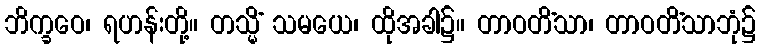
ဘိက္ခဝေ၊ ရဟန်းတို့။ တသ္မိံ သမယေ၊ ထိုအခါ၌။ တာဝတိံသာ၊ တာဝတိံသာဘုံ၌